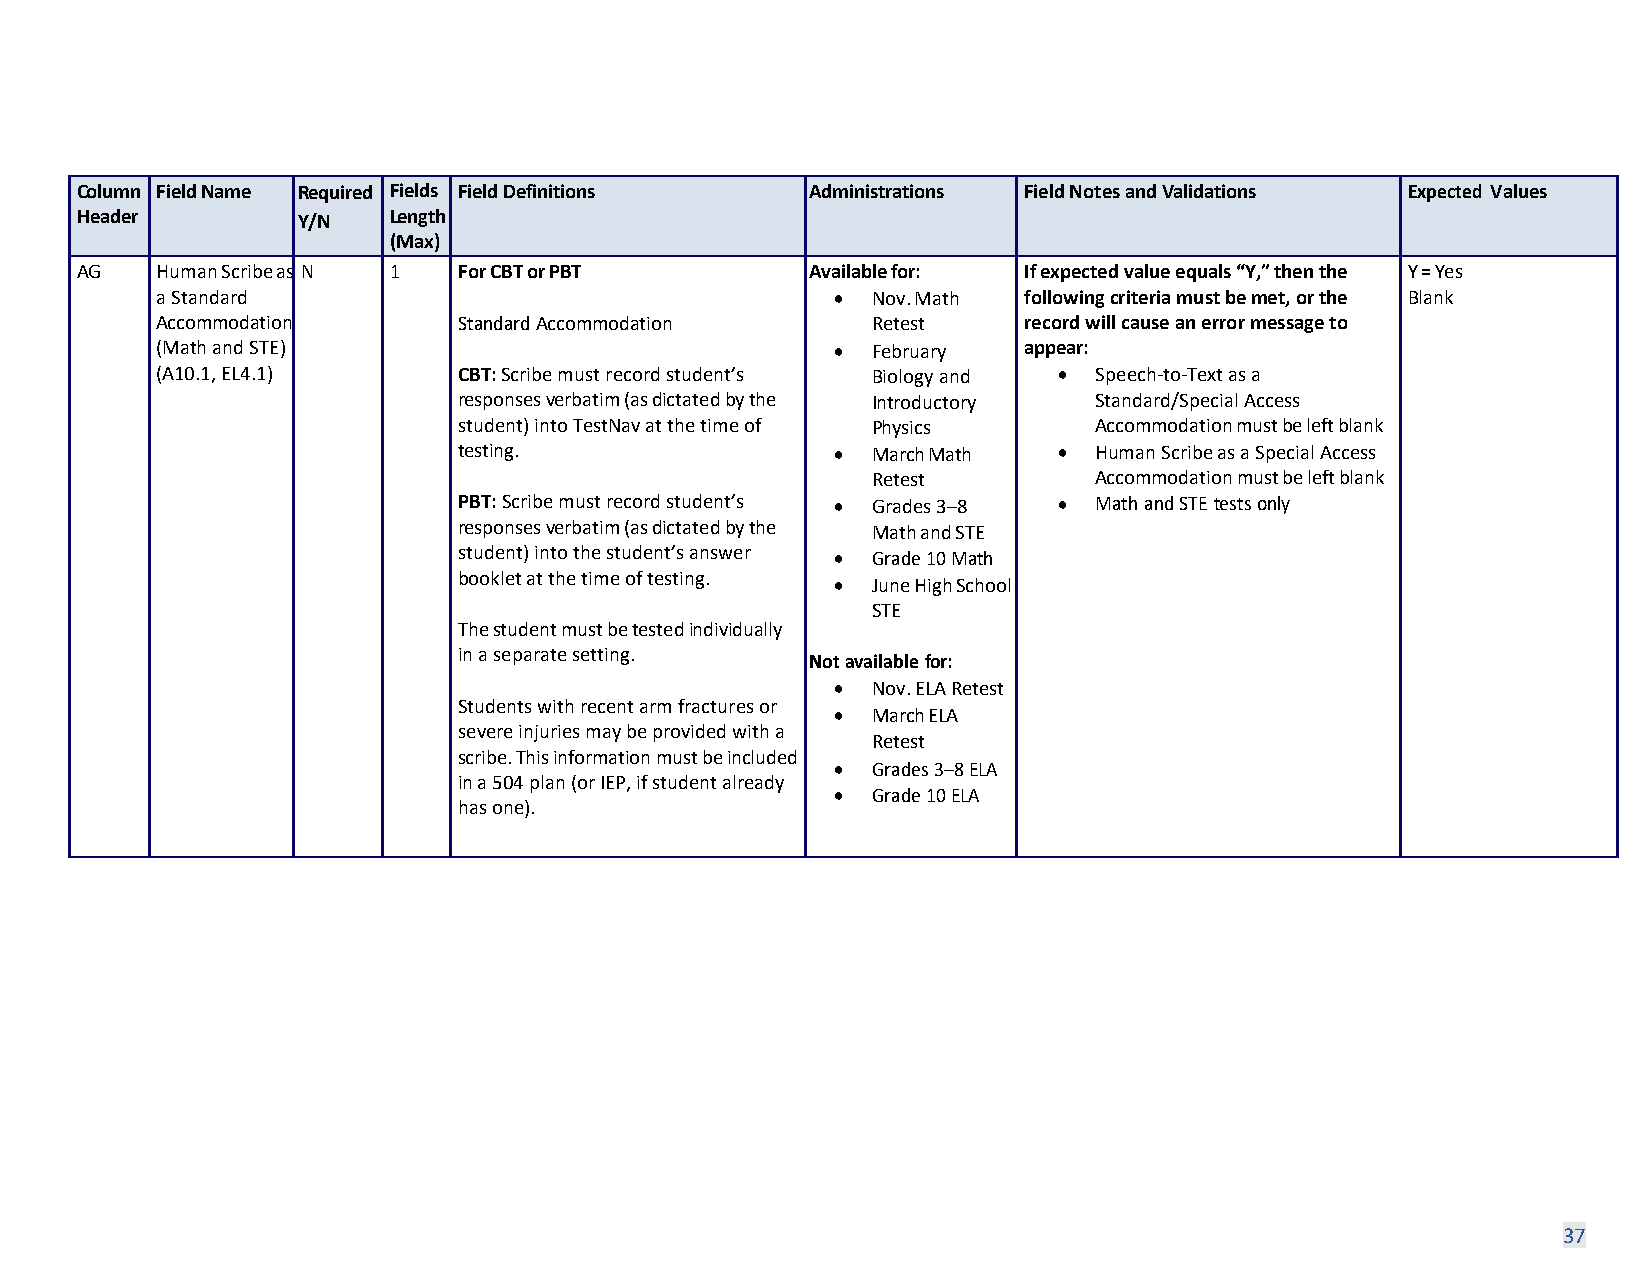
Column Field Name Required Fields Field Definitions Administrations Field Notes and Validations Expected Values
 Header         Y/N   Length
 (Max)
 AG   Human Scribe as N 1 For CBT or PBT          Available for: If expected value equals “Y,” then the Y = Yes
 a Standard                                   •  Nov. Math following criteria must be met, or the Blank
 Accommodation       Standard Accommodation      Retest    record will cause an error message to
 (Math and STE)                               •  February  appear:
 (A10.1, EL4.1)      CBT: Scribe must record student’s Biology and • Speech-to-Text as a
 responses verbatim (as dictated by the Introductory Standard/Special Access
 student) into TestNav at the time of Physics Accommodation must be left blank
 testing.                 •  March Math  • Human Scribe as a Special Access
 Retest        Accommodation must be left blank
 PBT: Scribe must record student’s • Grades 3–8 • Math and STE tests only
 responses verbatim (as dictated by the Math and STE
 student) into the student’s answer • Grade 10 Math
 booklet at the time of testing. • June High School
 STE
 The student must be tested individually
 in a separate setting.
 Not available for:
 •  Nov. ELA Retest
 Students with recent arm fractures or
 •  March ELA
 severe injuries may be provided with a
 Retest
 scribe. This information must be included
 •  Grades 3–8 ELA
 in a 504 plan (or IEP, if student already
 •  Grade 10 ELA
 has one).
 37